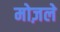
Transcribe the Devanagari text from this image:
मोज़ले